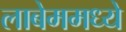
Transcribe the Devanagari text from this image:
लाबेममध्ये